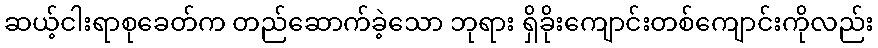
ဆယ့်ငါးရာစုခေတ်က တည်ဆောက်ခဲ့သော ဘုရား ရှိခိုးကျောင်းတစ်ကျောင်းကိုလည်း